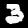
Label: 3